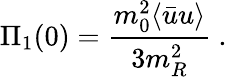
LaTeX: \Pi_{1}(0)={\frac{m_{0}^{2}\langle\bar{u}u\rangle}{3m_{R}^{2}}}\ .